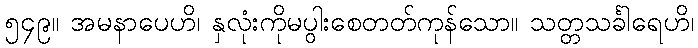
၅၄၉။ အမနာပေဟိ၊ နှလုံးကိုမပွါးစေတတ်ကုန်သော။ သတ္တသင်္ခါရေဟိ၊